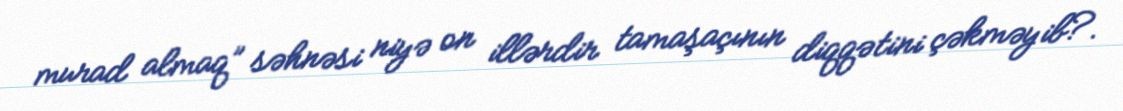
murad almaq” səhnəsi niyə on illərdir tamaşaçının diqqətini çəkməyib?.